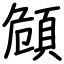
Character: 頠